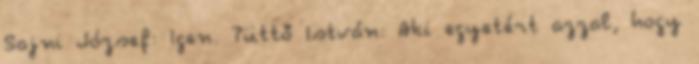
Sajni József: Igen. Tüttő István: Aki egyetért azzal, hogy